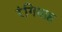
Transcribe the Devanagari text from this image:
रंगियाह